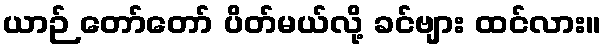
ယာဉ် တော်တော် ပိတ်မယ်လို့ ခင်ဗျား ထင်လား။